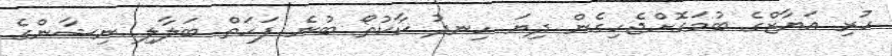
ހުރި އަޔާޒްގެ ބުމަގޮށްޖެހިގެން ދިޔަ ހިނދު ކާކުތޯ ބުނެ ފަހަތް ބަލާލި ނިޝާންގެ